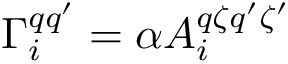
\Gamma _ { i } ^ { q q ^ { \prime } } = \alpha A _ { i } ^ { q \zeta q ^ { \prime } \zeta ^ { \prime } }